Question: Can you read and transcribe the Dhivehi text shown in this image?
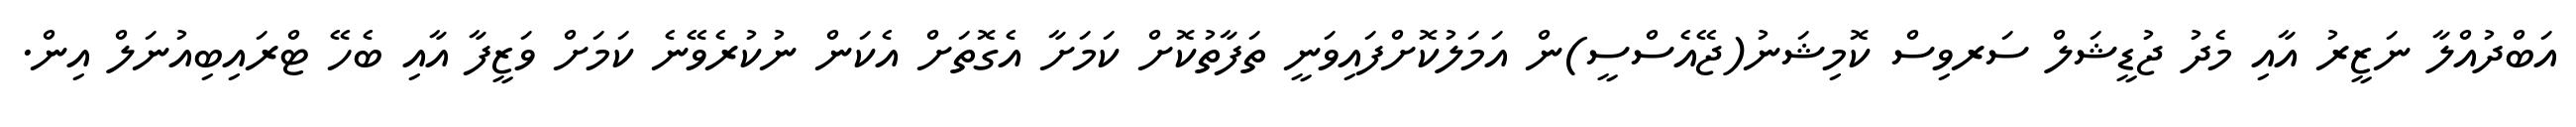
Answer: އަބްދުއްލާ ނަޒީރު އާއި މެދު ޖުޑީޝަލް ސަރވިސް ކޮމިޝަނު(ޖޭއެސްސީ)ން އަމަލުކޮށްފައިވަނީ ތަފާތުކޮށް ކަމަށާ އެގޮތަށް އެކަން ނުކުރެވޭނެ ކަމަށް ވަޒީފާ އާއި ބެހޭ ޓްރައިބިއުނަލް އިން.